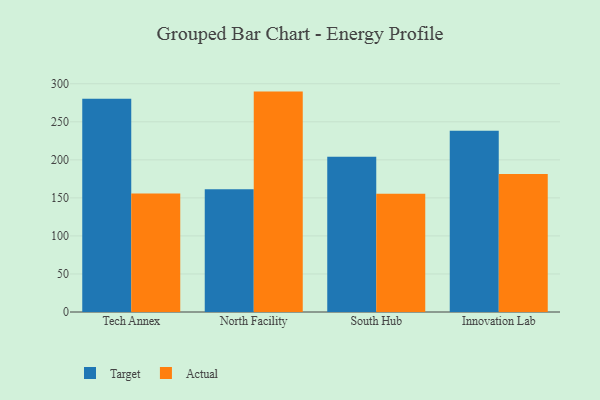
{"axis": {"x": "Campus", "y": "Operating Costs (USD K)"}, "legend": ["Actual", "Target"], "data": [{"x": "Tech Annex", "y": 280.3, "type": "Target"}, {"x": "Tech Annex", "y": 155.7, "type": "Actual"}, {"x": "North Facility", "y": 161.5, "type": "Target"}, {"x": "North Facility", "y": 289.7, "type": "Actual"}, {"x": "South Hub", "y": 204.0, "type": "Target"}, {"x": "South Hub", "y": 155.5, "type": "Actual"}, {"x": "Innovation Lab", "y": 238.4, "type": "Target"}, {"x": "Innovation Lab", "y": 181.5, "type": "Actual"}]}